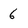
Character: 6